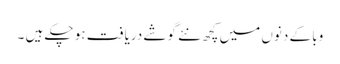
وبا کے دنوں میں کچھ نئے گوشے دریافت ہو چکے ہیں ۔